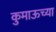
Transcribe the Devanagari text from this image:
कुमाऊच्या